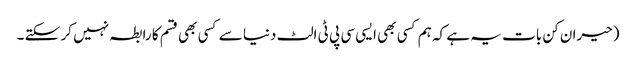
(حیران کن بات یہ ہے کہ ہم کسی بھی ایسی سی پی ٹی الٹ دنیا سے کسی بھی قسم کا رابطہ نہیں کر سکتے ۔